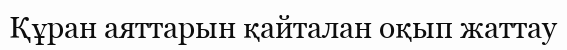
Құран аяттарын қайталан оқып жаттау